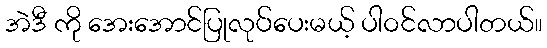
အဲဒီ ကို အေးအောင်ပြုလုပ်ပေးမယ့် ပါဝင်လာပါတယ်။